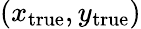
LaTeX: (x_{\mathrm{{true}}},y_{\mathrm{{true}}})